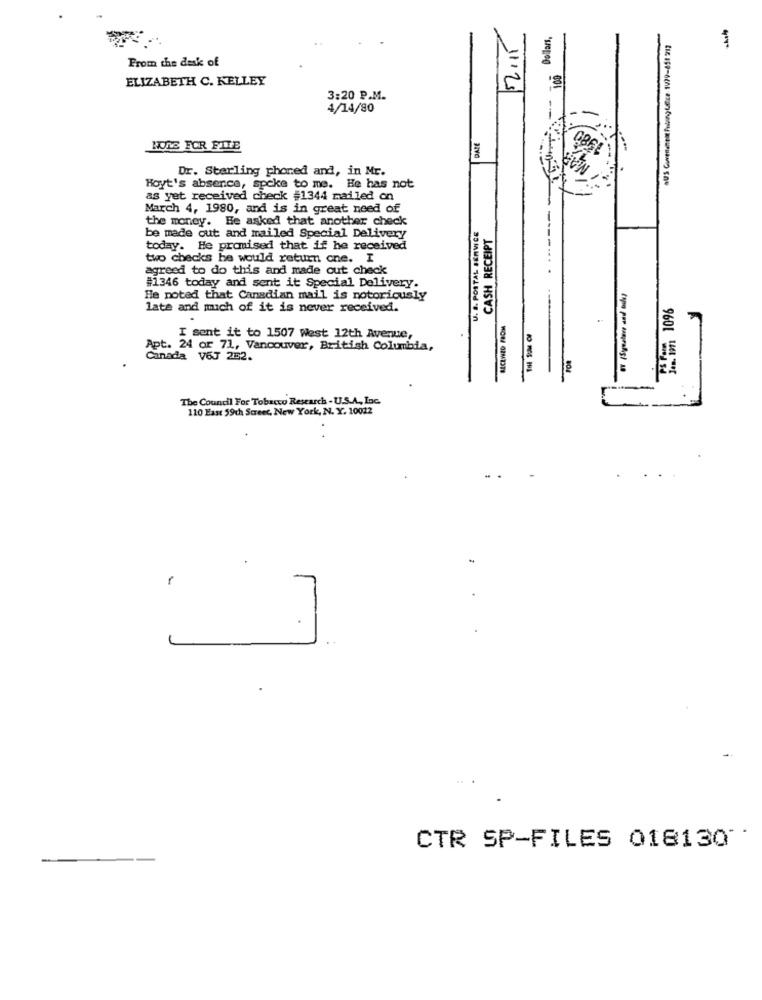
Dollars,
52.15
aUS Currenment Awing LEce 1479-851 912
From the desk of
100
ELIZABETH C. KELLEY
3:20 P.M.
4/14/80
DATE
NONG FOR FILE
Dr. Sterling phoned and, in Mr.
Hoyt's absence, spoke to me. He has not
as yet received check #1344 mailed on
March 4, 1980, and is in great need of
the money. He asked that another check
U. S. POSTAL SERVICE
CASH RECEIPT
be made out and mailed Special Delivery
today. He promised that if he received
two checks he would return cne. I
agreed to do this and made out check
#1346 today and sent it Special Delivery.
He noted that Canadian mail is notoriously
Jen. 1991 1096
late and mich of it is never received.
BECLWED FROM
I sent it to 1507 West 12th Avenue,
Apt. 24 or 71, Vancouver, British Columbia,
Canada VOJ 252.
The Council For Tobacco Research - U.S.A ., Inc.
110 East 59ch Street, New York, N. Y. 10022
..
-
CTR SP-FILES 018130